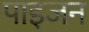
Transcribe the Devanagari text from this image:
पाइजन